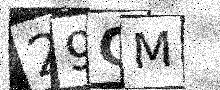
Text: 29CM